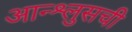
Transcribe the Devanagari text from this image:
आन्श्लुसची